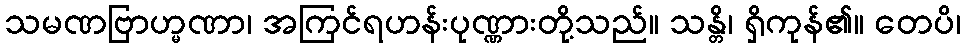
သမဏဗြာဟ္မဏာ၊ အကြင်ရဟန်းပုဏ္ဏားတို့သည်။ သန္တိ၊ ရှိကုန်၏။ တေပိ၊